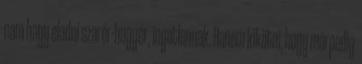
nam hagy eladni szarér-hugyér, ingatlannak. Hanem kikötni, hogy márpedig